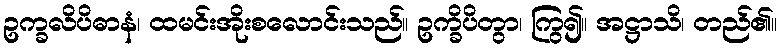
ဥက္ခလိပိဓာနံ၊ ထမင်းအိုးစလောင်းသည်။ ဥက္ခိပိတွာ၊ ကြွ၍။ အဋ္ဌာသိ၊ တည်၏။